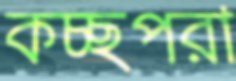
কচ্ছপরা